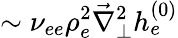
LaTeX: \sim\nu_{ee}\rho_{e}^{2}\vec{\nabla}_{\perp}^{2}h_{e}^{(0)}